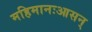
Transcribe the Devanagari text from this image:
महिमानःआसन्